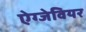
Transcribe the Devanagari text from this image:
ऐग्जेवियर